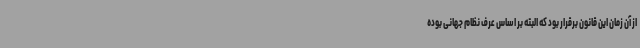
از آن زمان این قانون برقرار بود که البته بر اساس عرف نظام جهانی بوده